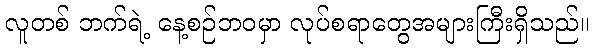
လူတစ် ဘက်ရဲ့ နေ့စဉ်ဘဝမှာ လုပ်စရာတွေအများကြီးရှိသည်။